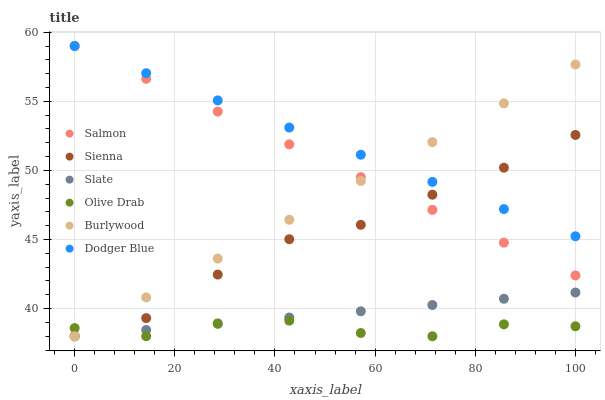
| xaxis_label | Salmon | Sienna | Slate | Olive Drab | Burlywood | Dodger Blue |
 | --- | --- | --- | --- | --- | --- | --- |
 | 0 | 59 | 38 | 38 | 38.6 | 38 | 59 |
 | 14.3 | 56.6 | 39.3 | 38.5 | 38 | 40.8 | 57 |
 | 28.6 | 54.3 | 42.5 | 38.9 | 38.9 | 43.6 | 55.1 |
 | 42.9 | 51.9 | 45 | 39.4 | 39.1 | 46.4 | 53.1 |
 | 57.1 | 49.5 | 46.1 | 39.8 | 38.2 | 49.2 | 51.1 |
 | 71.4 | 47.1 | 48.2 | 40.3 | 38 | 52 | 49.2 |
 | 85.7 | 44.8 | 50.2 | 40.7 | 38.9 | 54.9 | 47.2 |
 | 100 | 42.4 | 52.6 | 41.2 | 38.7 | 57.7 | 45.2 |